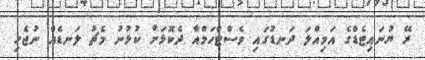
ރޭ ޔުނައިޓެޑްގެ އަމިއްލަ ދަނޑުގައި ވެސްޓްހަމްއާ ދެކޮޅަށް ކުޅުނު މެޗު ލަނޑެއް ނުޖެހި